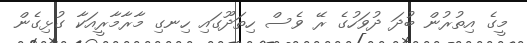
މީގެ އިތުރުން ބުދަ ދުވަހުގެ ރޭ ވެސް ހިތަދޫގައި ހިނގި މާރާމާރީއަކާ ގުޅިގެން